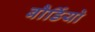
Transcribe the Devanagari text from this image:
बौर्डियो